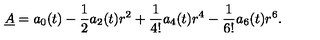
\underline { { A } } = a _ { 0 } ( t ) - \frac 1 2 a _ { 2 } ( t ) r ^ { 2 } + \frac { 1 } { 4 ! } a _ { 4 } ( t ) r ^ { 4 } - \frac { 1 } { 6 ! } a _ { 6 } ( t ) r ^ { 6 } .